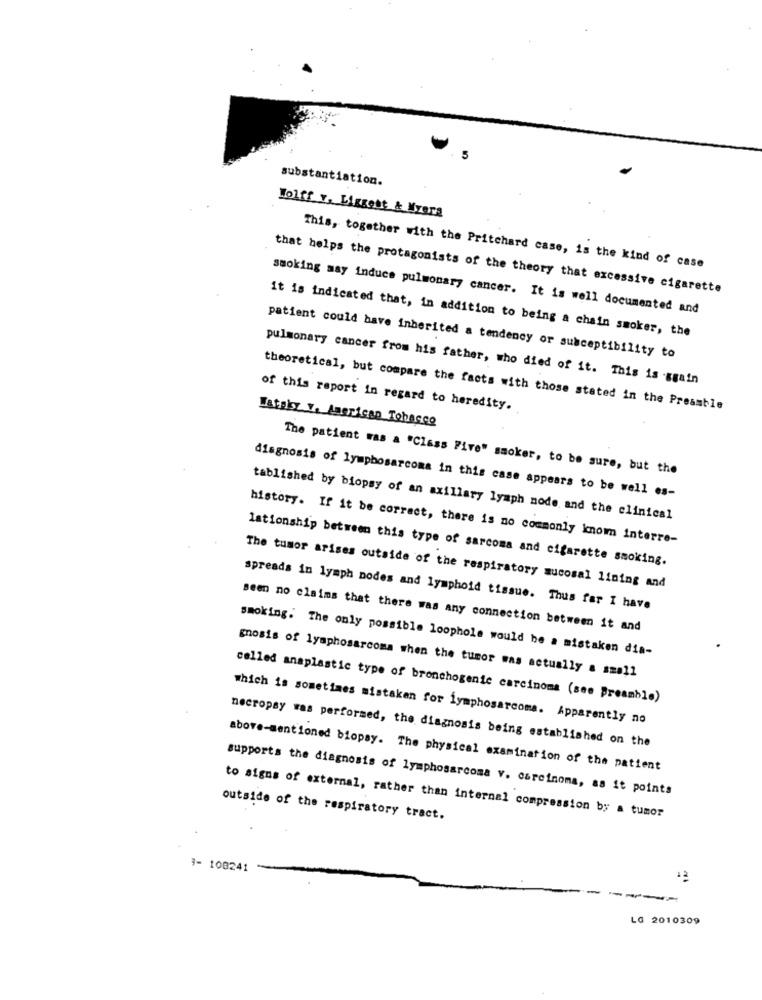
5
substantiation.
Wolff v. Liggest & Myera
This, together with the Pritchard case, is the kind of case
that helps the protagonists of the theory that excessive cigarette
smoking may induce pulmonary cancer. It is well documented and
It is indicated that, in addition to being a chain smoker, the
patient could have inherited a tendency or susceptibility to
pulmonary cancer from his father, who died of it. This is -again
of this report in regard to heredity.
theoretical, but compare the facts with those stated in the Preamble
Eataly V. American Tobacco
The patient was a "Class Five" smoker, to be sure, but the
diagnosis of lymphosarcoma in this case appears to be well es-
tablished by biopsy of an axillary lymph node and the clinical
history. If it be correct, there is no commonly known interre-
lationship between this type of sarcoma and cigarette smoking.
The tumor arises outside of the respiratory mucosal lining and
spreads in lymph nodes and lymphoid tissue. Thus far I have
seen no claims that there was any connection between it and
smoking. The only possible loophole would be a mistaken dia-
gnosis of lymphosarcoma when the tumor was actually a small
called anaplastic type of bronchogenic carcinoma (see preamble)
which is sometimes mistaken for lymphosarcoma. Apparently no
necropay was performed, the diagnosis being established on the
above-mentioned biopsy. The physical examination of the patient
supports the diagnosis of lymphosarcoma v. carcinoma, as it points
outside of the respiratory tract.
to signs of external, rather than internal compression by a tumor
3- 108241
----
LG 2010309